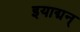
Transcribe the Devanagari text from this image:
इयाद्मन्